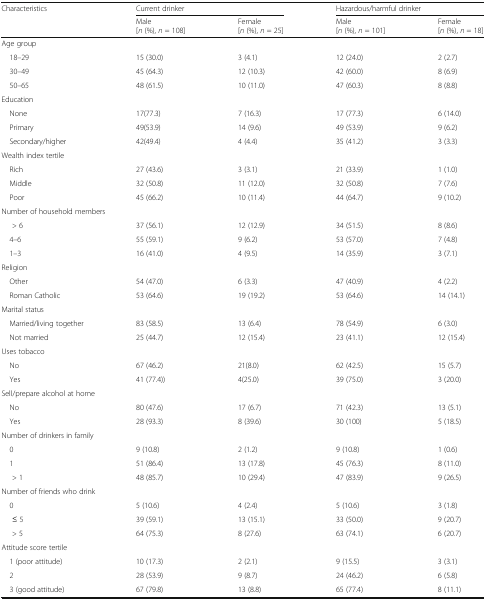
<table><thead><tr><td rowspan="2"><b>Characteristics</b></td><td colspan="2"><b>Current drinker</b></td><td colspan="2"><b>Hazardous/harmful drinker</b></td></tr><tr><td><b>Male[<i>n</i> (%), <i>n</i> = 108]</b></td><td><b>Female[<i>n</i> (%), <i>n</i> = 25]</b></td><td><b>Male[<i>n</i> (%), <i>n</i> = 101]</b></td><td><b>Female[<i>n</i> (%), <i>n</i> = 18]</b></td></tr></thead><tbody><tr><td colspan="5">Age group</td></tr><tr><td> 18–29</td><td>15 (30.0)</td><td>3 (4.1)</td><td>12 (24.0)</td><td>2 (2.7)</td></tr><tr><td> 30–49</td><td>45 (64.3)</td><td>12 (10.3)</td><td>42 (60.0)</td><td>8 (6.9)</td></tr><tr><td> 50–65</td><td>48 (61.5)</td><td>10 (11.0)</td><td>47 (60.3)</td><td>8 (8.8)</td></tr><tr><td colspan="5">Education</td></tr><tr><td> None</td><td>17(77.3)</td><td>7 (16.3)</td><td>17 (77.3)</td><td>6 (14.0)</td></tr><tr><td> Primary</td><td>49(53.9)</td><td>14 (9.6)</td><td>49 (53.9)</td><td>9 (6.2)</td></tr><tr><td> Secondary/higher</td><td>42(49.4)</td><td>4 (4.4)</td><td>35 (41.2)</td><td>3 (3.3)</td></tr><tr><td colspan="5">Wealth index tertile</td></tr><tr><td> Rich</td><td>27 (43.6)</td><td>3 (3.1)</td><td>21 (33.9)</td><td>1 (1.0)</td></tr><tr><td> Middle</td><td>32 (50.8)</td><td>11 (12.0)</td><td>32 (50.8)</td><td>7 (7.6)</td></tr><tr><td> Poor</td><td>45 (66.2)</td><td>10 (11.4)</td><td>44 (64.7)</td><td>9 (10.2)</td></tr><tr><td colspan="5">Number of household members</td></tr><tr><td>&gt; 6</td><td>37 (56.1)</td><td>12 (12.9)</td><td>34 (51.5)</td><td>8 (8.6)</td></tr><tr><td> 4–6</td><td>55 (59.1)</td><td>9 (6.2)</td><td>53 (57.0)</td><td>7 (4.8)</td></tr><tr><td> 1–3</td><td>16 (41.0)</td><td>4 (9.5)</td><td>14 (35.9)</td><td>3 (7.1)</td></tr><tr><td colspan="5">Religion</td></tr><tr><td> Other</td><td>54 (47.0)</td><td>6 (3.3)</td><td>47 (40.9)</td><td>4 (2.2)</td></tr><tr><td> Roman Catholic</td><td>53 (64.6)</td><td>19 (19.2)</td><td>53 (64.6)</td><td>14 (14.1)</td></tr><tr><td colspan="5">Marital status</td></tr><tr><td> Married/living together</td><td>83 (58.5)</td><td>13 (6.4)</td><td>78 (54.9)</td><td>6 (3.0)</td></tr><tr><td> Not married</td><td>25 (44.7)</td><td>12 (15.4)</td><td>23 (41.1)</td><td>12 (15.4)</td></tr><tr><td colspan="5">Uses tobacco</td></tr><tr><td> No</td><td>67 (46.2)</td><td>21(8.0)</td><td>62 (42.5)</td><td>15 (5.7)</td></tr><tr><td> Yes</td><td>41 (77.4))</td><td>4(25.0)</td><td>39 (75.0)</td><td>3 (20.0)</td></tr><tr><td colspan="5">Sell/prepare alcohol at home</td></tr><tr><td> No</td><td>80 (47.6)</td><td>17 (6.7)</td><td>71 (42.3)</td><td>13 (5.1)</td></tr><tr><td> Yes</td><td>28 (93.3)</td><td>8 (39.6)</td><td>30 (100)</td><td>5 (18.5)</td></tr><tr><td colspan="5">Number of drinkers in family</td></tr><tr><td> 0</td><td>9 (10.8)</td><td>2 (1.2)</td><td>9 (10.8)</td><td>1 (0.6)</td></tr><tr><td> 1</td><td>51 (86.4)</td><td>13 (17.8)</td><td>45 (76.3)</td><td>8 (11.0)</td></tr><tr><td>&gt; 1</td><td>48 (85.7)</td><td>10 (29.4)</td><td>47 (83.9)</td><td>9 (26.5)</td></tr><tr><td colspan="5">Number of friends who drink</td></tr><tr><td> 0</td><td>5 (10.6)</td><td>4 (2.4)</td><td>5 (10.6)</td><td>3 (1.8)</td></tr><tr><td>≤ 5</td><td>39 (59.1)</td><td>13 (15.1)</td><td>33 (50.0)</td><td>9 (20.7)</td></tr><tr><td>&gt; 5</td><td>64 (75.3)</td><td>8 (27.6)</td><td>63 (74.1)</td><td>6 (20.7)</td></tr><tr><td colspan="5">Attitude score tertile</td></tr><tr><td> 1 (poor attitude)</td><td>10 (17.3)</td><td>2 (2.1)</td><td>9 (15.5)</td><td>3 (3.1)</td></tr><tr><td> 2</td><td>28 (53.9)</td><td>9 (8.7)</td><td>24 (46.2)</td><td>6 (5.8)</td></tr><tr><td> 3 (good attitude)</td><td>67 (79.8)</td><td>13 (8.8)</td><td>65 (77.4)</td><td>8 (11.1)</td></tr></tbody></table>